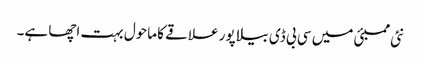
نئی ممبئی میں سی بی ڈی بیلا پور علاقے کا ماحول بہت اچھا ہے۔